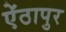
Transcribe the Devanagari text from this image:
ऐंठापुर